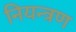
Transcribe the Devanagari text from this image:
नियन्‍त्रण